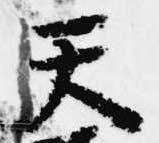
天